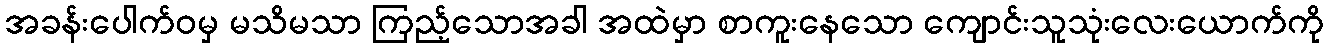
အခန်းပေါက်ဝမှ မသိမသာ ကြည့်သောအခါ အထဲမှာ စာကူးနေသော ကျောင်းသူသုံးလေးယောက်ကို